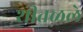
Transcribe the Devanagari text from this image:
शीतळले